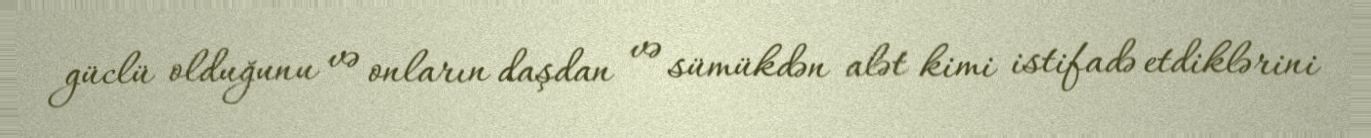
güclü olduğunu və onların daşdan və sümükdən alət kimi istifadə etdiklərini